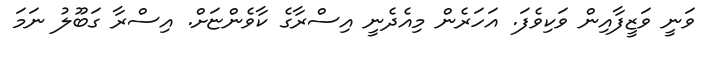
ވަނީ ވަޒީފާއިން ވަކިވެފަ. އަހަރެން މިއެދެނީ އިސްރާގެ ކާވެންޏަށް. އިސްރާ ގަބޫލު ނަމަ